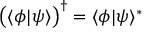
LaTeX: { \bigl ( } \langle \phi | \psi \rangle { \bigr ) } ^ { \dagger } = \langle \phi | \psi \rangle ^ { * }